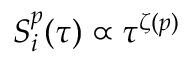
S _ { i } ^ { p } ( \tau ) \propto \tau ^ { \zeta ( p ) }